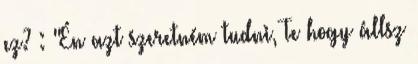
ez? : "Én azt szeretném tudni, Te hogy állsz